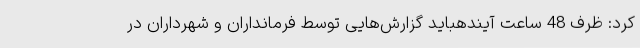
کرد: ظرف 48 ساعت آیندهباید گزارش‌هایی توسط فرمانداران و شهرداران در